King Institute of Preventive Medicine Micro-Biological Section reports 1912-19
Year: 1912
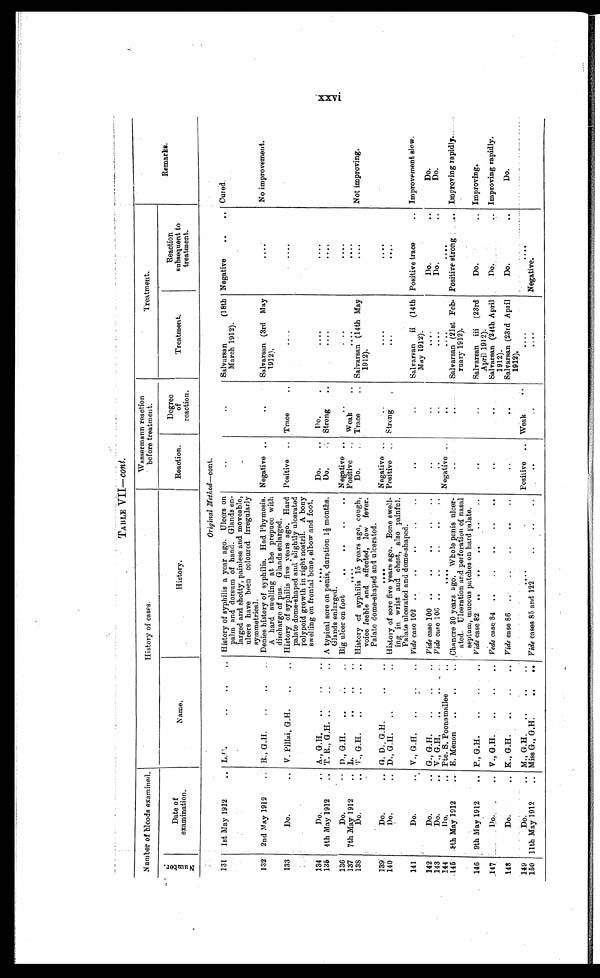
TABLE VII—c o n t .
Number of bloods examined.
History of cases.
Wassermann reaction
before treatment.
Treatment.
N u m b e r
Date of
examination.
Name.
History.
Reaction.
Degree
of
reaction.
Treatment.
Reaction
subsequent to
treatment.
Remarks.
Original _Method—cont.
131
1st May 1912 . . . L.G. . . . History of syphilis a year ago. Ulcers on
palm and dorsum of hand. Glands en-
larged and shotty, painless and moveable,
ulcers have been coloured irregularly
symmetrical.
. . .
. . .
Salvarsan
(18th
March 1912).
Negative . . . Cured.
132
2nd May 1912 . . . R., G.H. . . . Denies history of syphilis. Had Phymosis.
A hard swelling at the prepuce with
discharge of pus. Glands enlarged.
Negative . . .
. . .
Salvarsan (3rd May
1912).
. . .
No improvement.
133
Do. . . . V. Pillai, G. H.
. . . History of syphilis five years ago. Hard
palate dome-shaped and slightly ulcerated
polypoid growth in right nostril. A bony
swelling on frontal bone, elbow and foot.
Positive . . .
Trace . . .
. . .
. . .
134
Do. . . . A., G.H. . . .
. . .
Do. . . .
Do. . . .
. . .
. . .
135
4th May 1912 . . . T. R., G. H. . . . A typical sore on penis, duration 1½ months.
Glands enlarged.
Do. . . .
Strong . . .
. . .
. . .
136
Do. . . . D., G.H. . . . Big ulcer on foot . . . Negative . . .
. . .
. . .
. . .
137
7th May 1912 . . . L. . . .
Positive . . .
Weak . . .
. . .
. . .
138
Do.
. . . T., G.H. . . . History of syphilis 15 years ago, cough,
voice feeble and affected, low fever.
Palate dome-shaped and ulcerated.
Do. . . .
Trace . . .
Salvarsan (14th May
1912).
. . .
Not improving.
139
Do. . . . G. D., G.H. . . .
. . .
Negative . . .
. . .
. . .
. . .
140
Do. . . . D., G.H. . . .
History of sore five years ago. Bone swell-
ing in wrist and chest, also painful.
Palate ulcerated and dome-shaped.
Positive . . .
Strong . . .
. . .
. . .
141
Do. . . . V., G.H. . . .
Vide case 102 . . .
. . .
. . .
Salvarsan ii (14th
May 1912).
Positive trace . . . Improvement slow.
142
Do. . . . G., G.H. . . .
Vide case 100 . . .
. . .
. . .
. . .
Do. . . .
D o . . . .
143
Do. . . . V.,G.H. . . .
Vide case 106 . . .
. . .
. . .
. . .
Do. . . .
Do. . . .
144
Do. . . . Pte. S. Poonamallee . . .
. . .
Negative. . .
. . .
. . .
. . .
145
8th May 1912 . . . E. Menon . . .
Chancre 30 years ago. Whole penis ulcer-
ated. Ulceration and perforation of nasal
septum, mucous patches on hard palate.
. . .
. . .
Salvarsan (21st Feb-
ruary 1912).
Positive strong . . . Improving rapidly. . . .
146
9th May 1912 . . . P., G.H. . . . Vide case 82 . . .
. . .
. . .
Salvarsan iii (23rd
April 1912).
Do. . . .
Improving.
147
D o. . . .
V., G.H. . . .
Vede case. 84 . . .
. . .
. . .
Salvarsan (24th April
1912).
D o . . . .
Improving rapidly.
148
Do. . . .
K., G.H. . . .
Vide case 86 . . .
. . .
. . .
Salvarsan (23rd April
1912).
Do. . . .
Do. . . .
1 4 9
Do. . . .
M., G.H. . . .
. . .
Positive . . .
Weak . . .
. . .
. . .
150 11th May 1912 . . .
Miss G., G.H. . . .
Vide cases 85 and 122 . . .
. . .
. . .
. . .
Negative.
X X V I